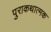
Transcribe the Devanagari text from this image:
पुराकथात्मक